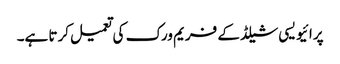
پرائیویسی شیلڈ کے فریم ورک کی تعمیل کرتا ہے۔